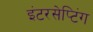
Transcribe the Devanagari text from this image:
इंटरसेप्टिंग